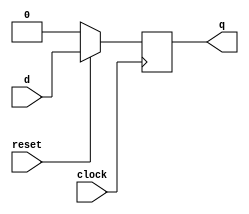
module  d_negreset_ff ( input d, input clock,input reset, output reg q);
  always @(posedge clock)
  begin
    if(!reset) 
      
q=1'b0;
  
else
    
  q=d;
 
 end

endmodule